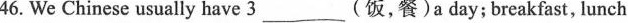
46. We Chinese usually have 3_________{饭，餐}a day;breakfast, lunch